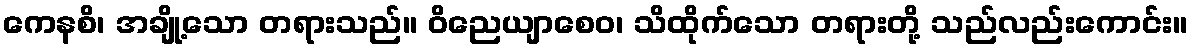
ကေနစိ၊ အချို့သော တရားသည်။ ဝိညေယျာစေဝ၊ သိထိုက်သော တရားတို့ သည်လည်းကောင်း။